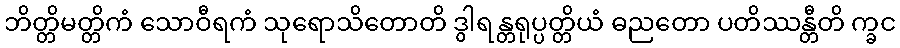
ဘိတ္တိမတ္တိကံ သောဝီရကံ သုရောသိတောတိ ဒွါရန္တရုပ္ပတ္တိယံ ဓညတော ပတိဿန္တီတိ က္ခင